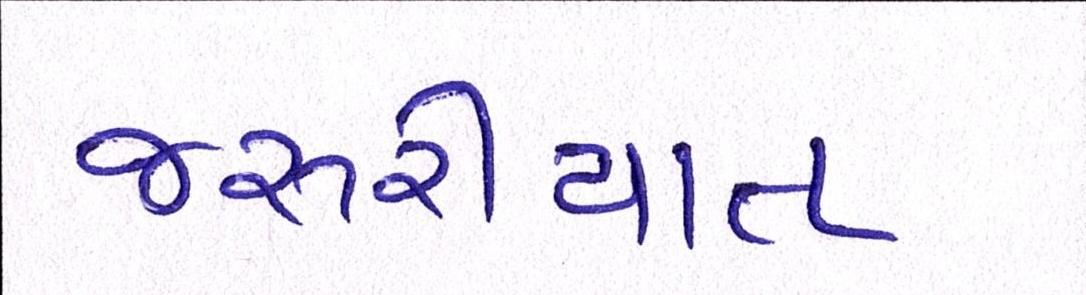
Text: જરૂરીયાત